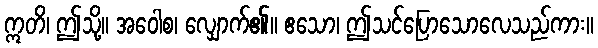
ဣတိ၊ ဤသို့။ အဝေါစ၊ လျှောက်၏။ ဧသော၊ ဤသင်ပြောသောလေသည်ကား။